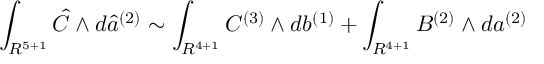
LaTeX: \int _ { R ^ { 5 + 1 } } { \hat { C } } \wedge d { \hat { a } } ^ { ( 2 ) } \sim \int _ { R ^ { 4 + 1 } } C ^ { ( 3 ) } \wedge d b ^ { ( 1 ) } + \int _ { R ^ { 4 + 1 } } B ^ { ( 2 ) } \wedge d a ^ { ( 2 ) }